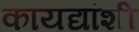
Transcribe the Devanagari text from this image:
कायद्यांशी